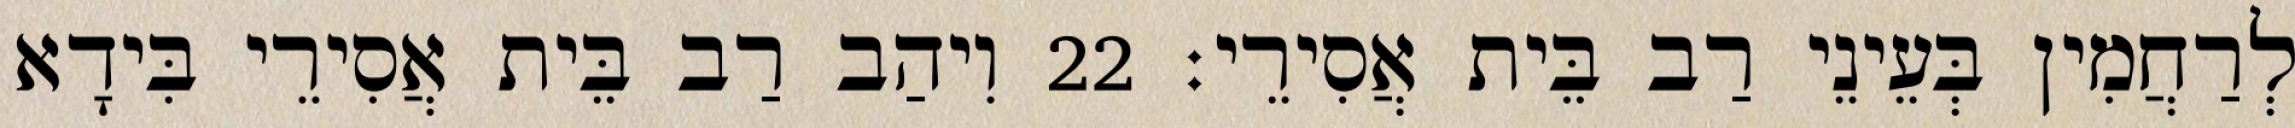
לְרַחֲמִין בְּעֵינֵי רַב בֵּית אֲסִירֵי׃ 22 וִיהַב רַב בֵּית אֲסִירֵי בִּידָא